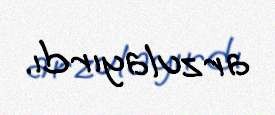
arzulayırdı.